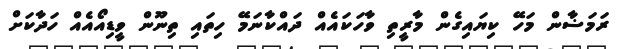
ރަމަޟާން މަހޭ ކިޔައިގެން މާރީތި ވާހަކައެއް ދައްކާނަމޭ ހިތައި ތިނޫން ވީޑިއޯއެއް ހަދާކަށް